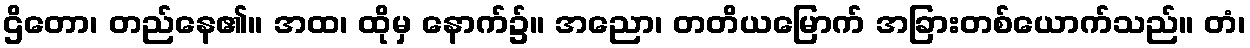
ဌိတော၊ တည်နေ၏။ အထ၊ ထိုမှ နောက်၌။ အညော၊ တတိယမြောက် အခြားတစ်ယောက်သည်။ တံ၊